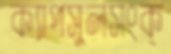
ক্যাপসুলসংক্